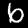
Digit: 6